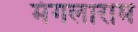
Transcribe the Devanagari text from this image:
मंगलाराम